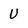
Character: U